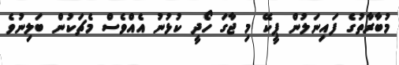
މުބާރާތުގެ ފައިނަލުން ޕީކޭ މި ޖާގަ ހޯދީ ކުޅުނު އެއްވެސް މެޗަކުން ބަލިނުވެ